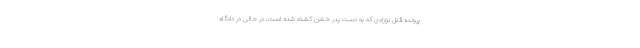
پرونده قتل نوزادی که به دست پدر خشن کشته شده است، در حالی در دادگاه